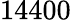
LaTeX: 14400